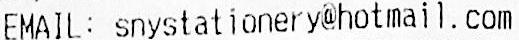
EMAIL: SNYSTATIONERY@HOTMAIL.COM